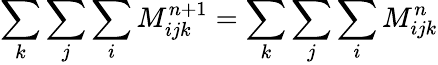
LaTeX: \sum_{k}\sum_{j}\sum_{i}M_{ijk}^{n+1}=\sum_{k}\sum_{j}\sum_{i}M_{ijk}^{n}